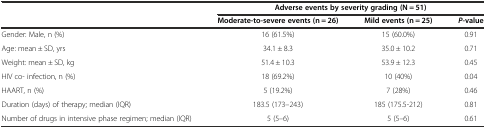
|  | <COLSPAN=3> Adverse events by severity grading (N = 51) |
 |  | Moderate-to-severe events (n = 26) | Mild events (n = 25) | P-value |
 | --- | --- | --- | --- |
 | Gender: Male, n (%) | 16 (61.5%) | 15 (60.0%) | 0.91 |
 | Age: mean ± SD, yrs | 34.1 ± 8.3 | 35.0 ± 10.2 | 0.71 |
 | Weight: mean ± SD, kg | 51.4 ± 10.3 | 53.9 ± 12.3 | 0.45 |
 | HIV co- infection, n (%) | 18 (69.2%) | 10 (40%) | 0.04 |
 | HAART, n (%) | 5 (19.2%) | 7 (28%) | 0.46 |
 | Duration (days) of therapy; median (IQR) | 183.5 (173–243) | 185 (175.5-212) | 0.81 |
 | Number of drugs in intensive phase regimen; median (IQR) | 5 (5–6) | 5 (5–6) | 0.61 |